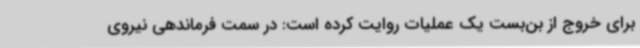
برای خروج از بن‌بست یک عملیات روایت کرده است: در سمت فرماندهی نیروی